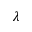
\lambda